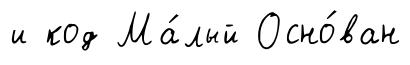
и код Ма́лый Осно́ван